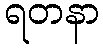
ရတနာ